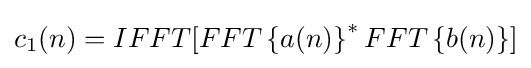
c_{1}(n)=IFFT[FFT\left\{a(n)\right\}^{*}FFT\left\{b(n)\right\}]